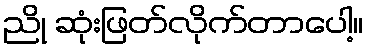
ညို ဆုံးဖြတ်လိုက်တာပေါ့။